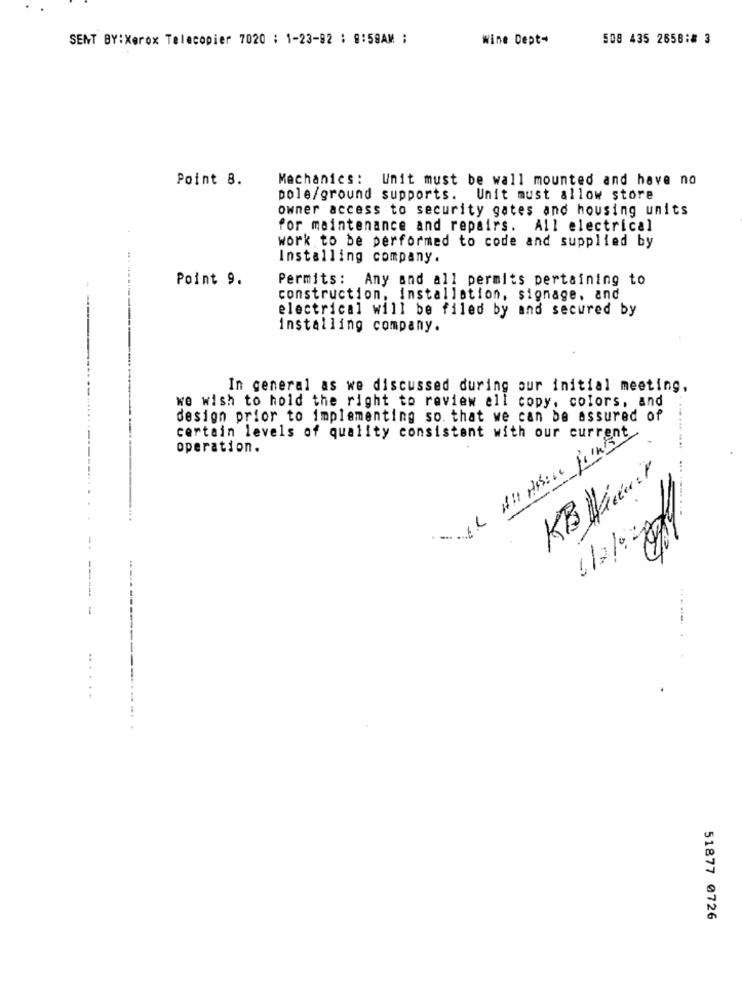
SENT BY:Xerox Telecopier 7020 : 1-23-82 : 9:58AM :
Wine Dept-
508 435 2658:# 3
Point 8.
Mechanics: Unit must be wall mounted and have no
pole/ground supports. Unit must allow store
owner access to security gates and housing units
for maintenance and repairs. All electrical
work to be performed to code and supplied by
Installing company.
Point 9.
Permits: Any and all permits pertaining to
construction, installation, signage, and
--
electrical will be filed by and secured by
Installing company.
In general as we discussed during our initial meeting,
we wish to hold the right to review all copy. colors, and
design prior to implementing so that we can be assured of
certain levels of quality consistent with our curre
operation.
......
51877 0726